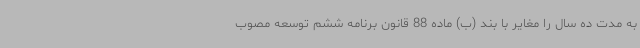
به مدت ده سال را مغایر با بند (ب) ماده 88 قانون برنامه ششم توسعه مصوب